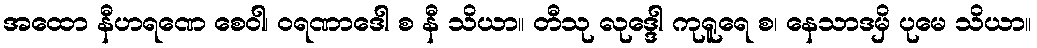
အထော နီဟရဏေ စေဝါ၊ ဝရဏာဒေါ စ နီ သိယာ။ တီသု လုဒ္ဒေါ ကုရူရေ စ၊ နေသာဒမှိ ပုမေ သိယာ။